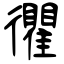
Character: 忂